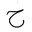
Letter: _ha